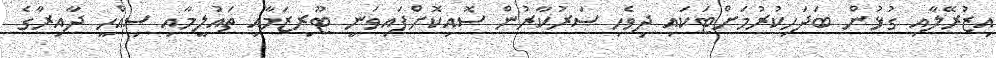
އިޒުރޭލާއި ގުޅުން ބަދަހިކުރުމަށްޓަކައި ދިވެހި ސަރުކާރުން ސޮއިކޮށްފައިވަނީ ޓޫރިޒަމާއި ތައުލީމާއި ސިއްހީ ދާއިރާގެ